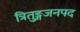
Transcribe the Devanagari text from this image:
त्रितुङ्गजनपद